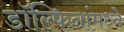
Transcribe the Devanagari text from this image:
डॉल्फिनांमध्ये